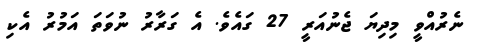
ނެރުއްވީ މިދިޔަ ޖެނުއަރީ 27 ގައެވެ. އެ ގަރާރު ނުވަތަ އަމުރު އެކި